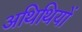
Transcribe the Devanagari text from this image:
अथिथियों